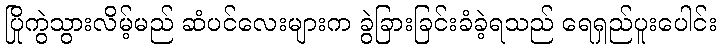
ပြိုကွဲသွားလိမ့်မည် ဆံပင်လေးများက ခွဲခြားခြင်းခံခဲ့ရသည် ရေရှည်ပူးပေါင်း